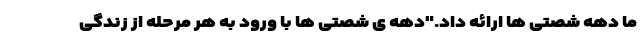
ما دهه شصتی ها ارائه داد."دهه ی شصتی ها با ورود به هر مرحله از زندگی